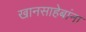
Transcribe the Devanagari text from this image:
खानसाहेबांना